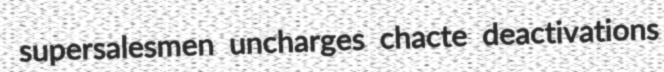
supersalesmen uncharges chacte deactivations